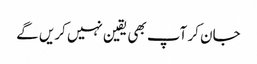
جان کر آپ بھی یقین نہیں کریں گے